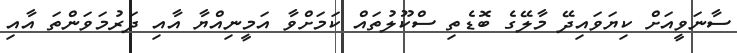
ސާނަވީއަށް ކިޔަވައިދޭ މާލޭގެ ބޮޑެތި ސްކޫލުތައް ކަމަށްވާ އަމީނިއްޔާ އާއި ދަރުމަވަންތަ އާއި